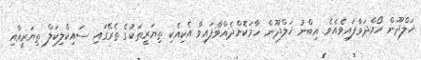
ޚަލްދޫން ހޯއްދަވާފައިވެއެވެ. އިބްނު ޚަލްދޫން ހާމަކޮށްދެއްވާފައިވާ އެކިއެކި ތިޔަރީތަކުގެ ތެރޭގައި ސައިކްލިކަލް ތިޔަރީއާއި